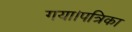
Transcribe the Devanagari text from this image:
गया।पत्रिका